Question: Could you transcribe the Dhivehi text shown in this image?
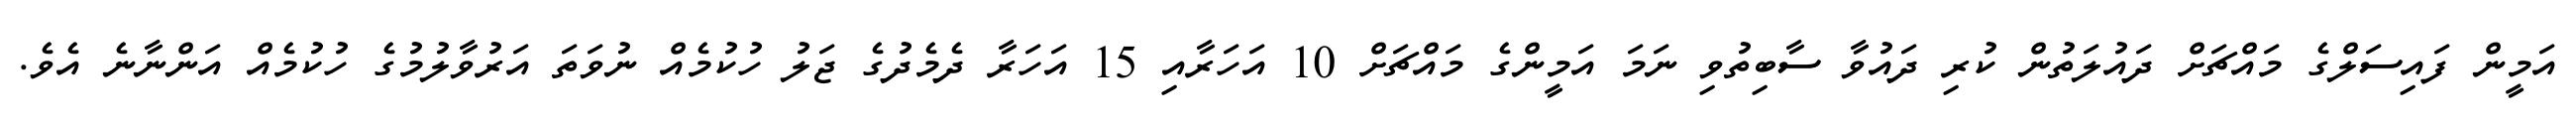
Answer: އަމީން ފައިސަލްގެ މައްޗަށް ދައުލަތުން ކުރި ދައުވާ ސާބިތުވި ނަމަ އަމީންގެ މައްޗަށް 10 އަހަރާއި 15 އަހަރާ ދެމެދުގެ ޖަލު ހުކުމެއް ނުވަތަ އަރުވާލުމުގެ ހުކުމެއް އަންނާނެ އެވެ.